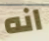
انه